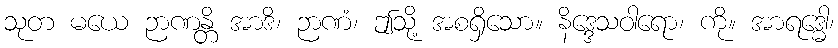
သုတ မယေ ဉာဏန္တိ အာဒိ၊ ဉာဏံ၊ ဤသို့ အစရှိသော။ နိဒ္ဒေသဝါရော၊ ကို။ အာရဒ္ဓေါ၊